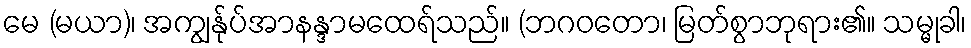
မေ (မယာ)၊ အကျွန်ုပ်အာနန္ဒာမထေရ်သည်။ (ဘဂဝတော၊ မြတ်စွာဘုရား၏။ သမ္မုခါ၊